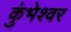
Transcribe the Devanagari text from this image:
कुंभेश्वर